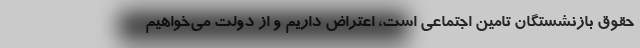
حقوق بازنشستگان تامین اجتماعی است، اعتراض داریم و از دولت می‌خواهیم